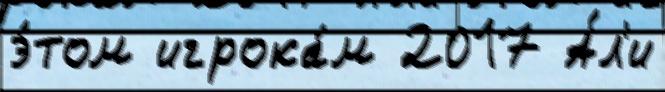
э́том игрока́м 2017 А́л'и